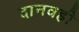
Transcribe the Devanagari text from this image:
दानवही